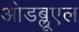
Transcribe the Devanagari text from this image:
ओडब्लूएल